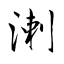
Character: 溂